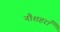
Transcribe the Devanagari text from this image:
नौशहराँ